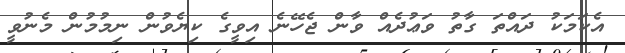
އެކަމަކު ދައްތަ ގާތު ވަޢުދެއް ވާން ޖެހޭނެ އިވީގެ ކިޔެވުން ނިމުމުން މެނުވީ